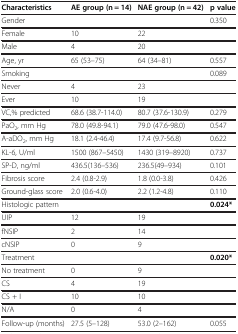
| Characteristics | AE group (n = 14) | NAE group (n = 42) | p value |
 | --- | --- | --- | --- |
 | Gender |  |  | 0.350 |
 | Female | 10 | 22 |  |
 | Male | 4 | 20 |  |
 | Age, yr | 65 (53–75) | 64 (34–81) | 0.557 |
 | Smoking |  |  | 0.089 |
 | Never | 4 | 23 |  |
 | Ever | 10 | 19 |  |
 | VC,% predicted | 68.6 (38.7-114.0) | 80.7 (37.6-130.9) | 0.279 |
 | PaO2, mm Hg | 78.0 (49.8-94.1) | 79.0 (47.6-98.0) | 0.547 |
 | A-aDO2, mm Hg | 18.1 (2.4-46.4) | 17.4 (9.7-56.8) | 0.622 |
 | KL-6, U/ml | 1500 (867–5450) | 1430 (319–8920) | 0.737 |
 | SP-D, ng/ml | 436.5(136–536) | 236.5(49–934) | 0.101 |
 | Fibrosis score | 2.4 (0.8-2.9) | 1.8 (0.0-3.8) | 0.426 |
 | Ground-glass score | 2.0 (0.6-4.0) | 2.2 (1.2-4.8) | 0.110 |
 | Histologic pattern |  |  | 0.024* |
 | UIP | 12 | 19 |  |
 | fNSIP | 2 | 14 |  |
 | cNSIP | 0 | 9 |  |
 | Treatment |  |  | 0.020* |
 | No treatment | 0 | 9 |  |
 | CS | 4 | 19 |  |
 | CS + I | 10 | 10 |  |
 | N/A | 0 | 4 |  |
 | Follow-up (months) | 27.5 (5–128) | 53.0 (2–162) | 0.055 |